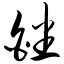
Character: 皤